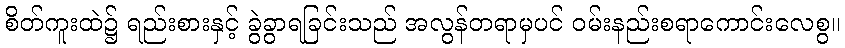
စိတ်ကူးထဲ၌ ရည်းစားနှင့် ခွဲခွာရခြင်းသည် အလွန်တရာမှပင် ဝမ်းနည်းစရာကောင်းလေစွ။